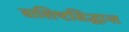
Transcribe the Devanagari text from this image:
वाशिष्टसिद्धान्त